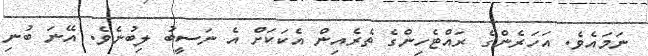
ނަމައެވެ. އަހަރެންގެ ރައްޓެހިންގެ ތެރެއިން އެކަކަށް އެ ނަސީބު ލިބުނެވެ. އޭނަ ބުނި